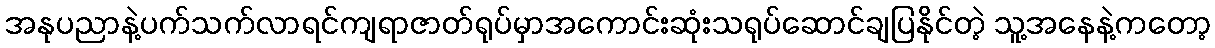
အနုပညာနဲ့ပက်သက်လာရင်ကျရာဇာတ်ရုပ်မှာအကောင်းဆုံးသရုပ်ဆောင်ချပြနိုင်တဲ့ သူ့အနေနဲ့ကတော့